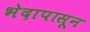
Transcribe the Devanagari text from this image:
भेदापासून